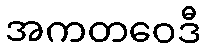
အကတဝေဒီ